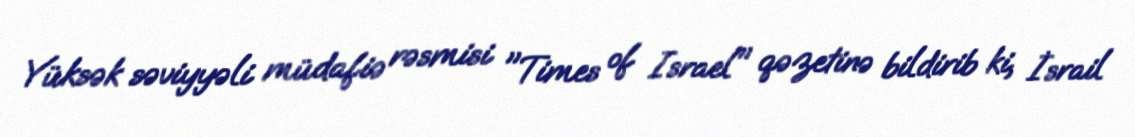
Yüksək səviyyəli müdafiə rəsmisi "Times of Israel" qəzetinə bildirib ki, İsrail